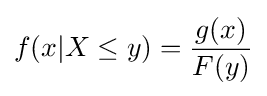
f(x|X\leq y)={\frac {g(x)}{F(y)}}